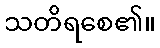
သတိရစေ၏။